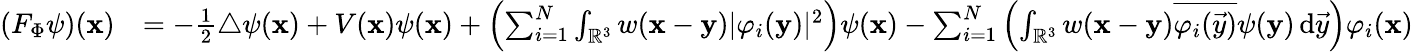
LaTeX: \begin{array}{rl}{(F_{\Phi}\psi)(\mathbf{x})}&{=-\frac 12\triangle\psi(\mathbf{x})+V(\mathbf{x})\psi(\mathbf{x})+\left(\sum_{i=1}^{N}\int_{\mathbb{R}^{3}}w(\mathbf{x}-\mathbf{y})|\varphi_{i}(\mathbf{y})|^{2}\right)\psi(\mathbf{x})-\sum_{i=1}^{N}\left(\int_{\mathbb{R}^{3}}w(\mathbf{x}-\mathbf{y})\overline{{\varphi_{i}(\vec{y})}}\psi(\mathbf{y})\, \mathrm{d}\vec{y}\right)\varphi_{i}(\mathbf{x})}\end{array}